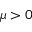
\mu > 0